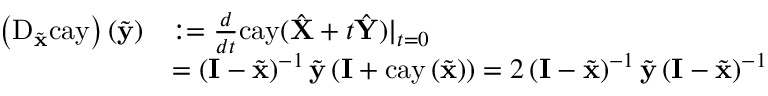
\begin{array} { r l } { \left( \mathrm { D } _ { \tilde { \mathbf { x } } } \mathrm { c a y } \right) \left( \tilde { \mathbf { y } } \right) } & { : = \frac { d } { d t } \mathrm { c a y } ( \hat { \mathbf { X } } + t \hat { \mathbf { Y } } ) | _ { t = 0 } } \\ & { = \left( \mathbf { I } - \tilde { \mathbf { x } } \right) ^ { - 1 } \tilde { \mathbf { y } } \left( \mathbf { I } + \mathrm { c a y } \left( \tilde { \mathbf { x } } \right) \right) = 2 \left( \mathbf { I } - \tilde { \mathbf { x } } \right) ^ { - 1 } \tilde { \mathbf { y } } \left( \mathbf { I } - \tilde { \mathbf { x } } \right) ^ { - 1 } } \end{array}